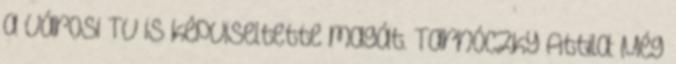
a Városi TV is képviseltette magát. Tarnóczky Attila: Még